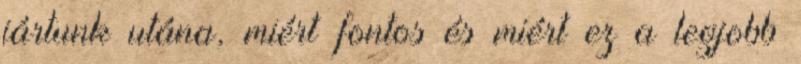
jártunk utána, miért fontos és miért ez a legjobb